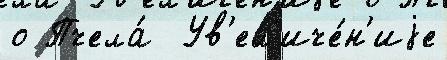
о Пчела́  Ув'ел'иче́н'иjе